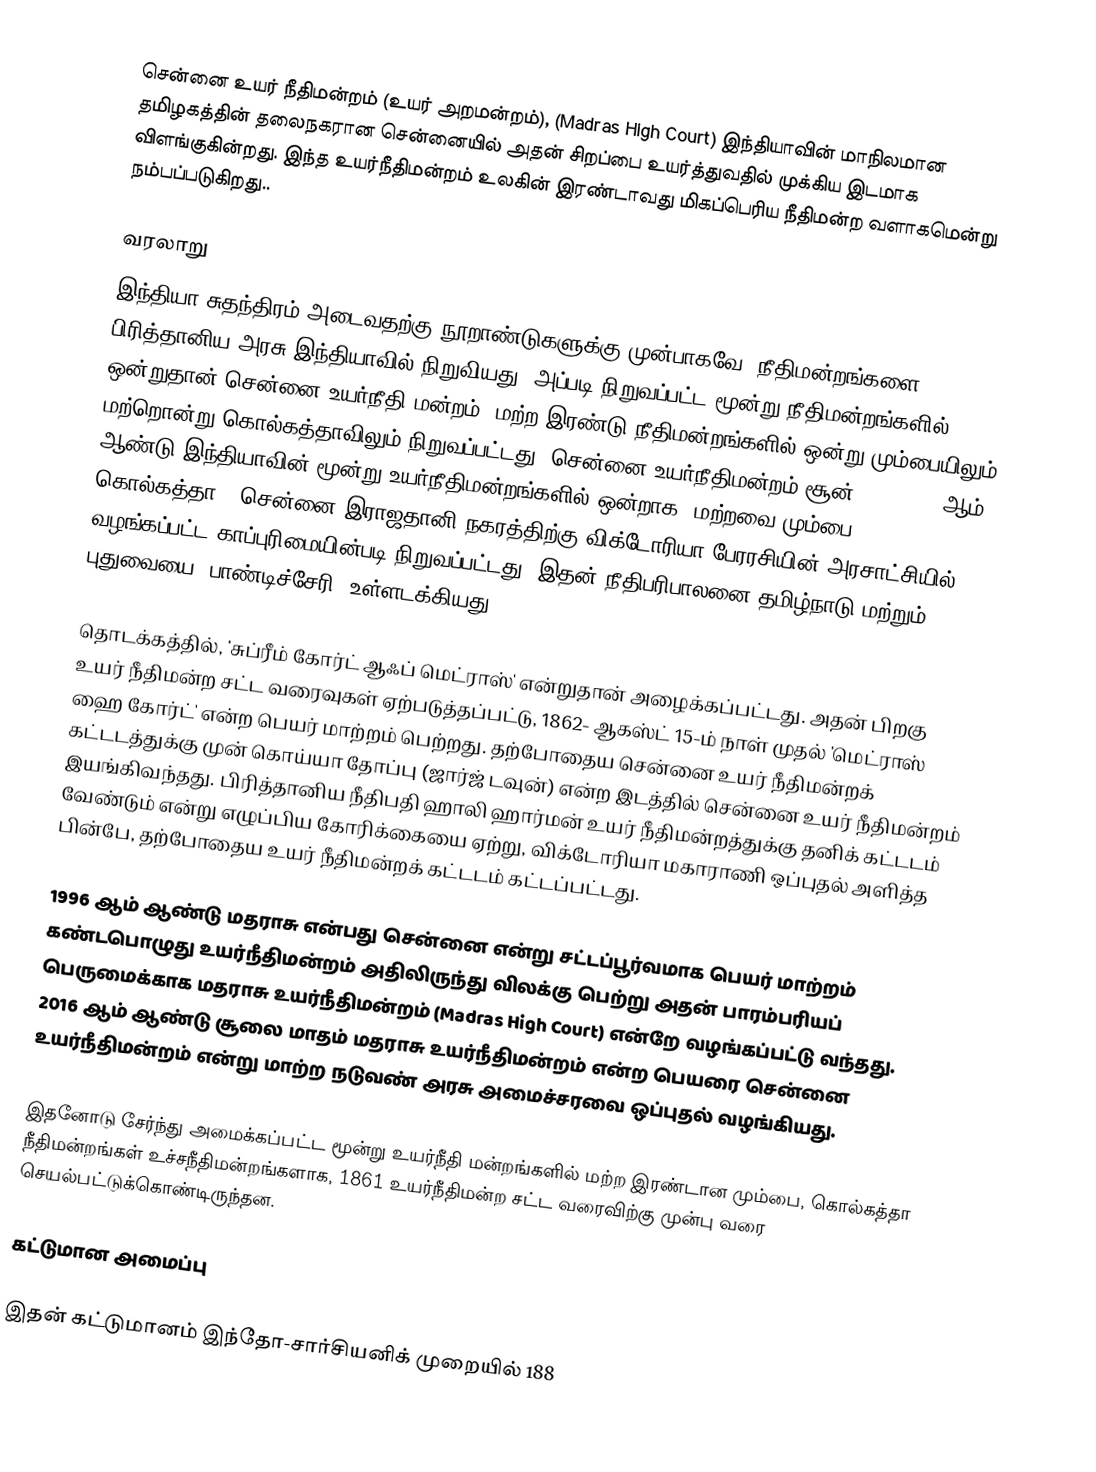
சென்னை உயர் நீதிமன்றம் (உயர் அறமன்றம்), (Madras High Court) இந்தியாவின் மாநிலமான தமிழகத்தின் தலைநகரான சென்னையில் அதன் சிறப்பை உயர்த்துவதில் முக்கிய இடமாக விளங்குகின்றது. இந்த உயர்நீதிமன்றம் உலகின் இரண்டாவது மிகப்பெரிய நீதிமன்ற வளாகமென்று நம்பப்படுகிறது..

வரலாறு
இந்தியா சுதந்திரம் அடைவதற்கு நூறாண்டுகளுக்கு முன்பாகவே, நீதிமன்றங்களை பிரித்தானிய அரசு இந்தியாவில் நிறுவியது. அப்படி நிறுவப்பட்ட மூன்று நீதிமன்றங்களில் ஒன்றுதான் சென்னை உயர்நீதி மன்றம். மற்ற இரண்டு நீதிமன்றங்களில் ஒன்று மும்பையிலும் மற்றொன்று கொல்கத்தாவிலும் நிறுவப்பட்டது. சென்னை உயர்நீதிமன்றம் சூன் 26, 1862, ஆம் ஆண்டு இந்தியாவின் மூன்று உயர்நீதிமன்றங்களில் ஒன்றாக (மற்றவை மும்பை, கொல்கத்தா), சென்னை இராஜதானி நகரத்திற்கு விக்டோரியா பேரரசியின் அரசாட்சியில் வழங்கப்பட்ட காப்புரிமையின்படி  நிறுவப்பட்டது. இதன் நீதிபரிபாலனை தமிழ்நாடு மற்றும் புதுவையை (பாண்டிச்சேரி) உள்ளடக்கியது.

தொடக்கத்தில், 'சுப்ரீம் கோர்ட் ஆஃப் மெட்ராஸ்' என்றுதான் அழைக்கப்பட்டது. அதன் பிறகு உயர் நீதிமன்ற சட்ட வரைவுகள் ஏற்படுத்தப்பட்டு, 1862- ஆகஸ்ட் 15-ம் நாள் முதல் 'மெட்ராஸ் ஹை கோர்ட்' என்ற பெயர் மாற்றம் பெற்றது. தற்போதைய சென்னை உயர் நீதிமன்றக் கட்டடத்துக்கு முன் கொய்யா தோப்பு (ஜார்ஜ் டவுன்) என்ற இடத்தில் சென்னை உயர் நீதிமன்றம் இயங்கிவந்தது. பிரித்தானிய நீதிபதி ஹாலி ஹார்மன் உயர் நீதிமன்றத்துக்கு தனிக் கட்டடம் வேண்டும் என்று எழுப்பிய கோரிக்கையை ஏற்று, விக்டோரியா மகாராணி ஒப்புதல் அளித்த பின்பே, தற்போதைய உயர் நீதிமன்றக் கட்டடம் கட்டப்பட்டது.

1996 ஆம் ஆண்டு மதராசு என்பது சென்னை என்று சட்டப்பூர்வமாக பெயர் மாற்றம் கண்டபொழுது உயர்நீதிமன்றம் அதிலிருந்து விலக்கு பெற்று அதன் பாரம்பரியப் பெருமைக்காக மதராசு உயர்நீதிமன்றம் (Madras High Court) என்றே வழங்கப்பட்டு வந்தது. 2016 ஆம் ஆண்டு சூலை மாதம் மதராசு உயர்நீதிமன்றம் என்ற பெயரை சென்னை உயர்நீதிமன்றம் என்று மாற்ற நடுவண் அரசு அமைச்சரவை ஒப்புதல் வழங்கியது.

இதனோடு சேர்ந்து அமைக்கப்பட்ட மூன்று உயர்நீதி மன்றங்களில் மற்ற இரண்டான மும்பை, கொல்கத்தா நீதிமன்றங்கள் உச்சநீதிமன்றங்களாக, 1861 உயர்நீதிமன்ற சட்ட வரைவிற்கு முன்பு வரை செயல்பட்டுக்கொண்டிருந்தன.

கட்டுமான அமைப்பு

இதன் கட்டுமானம் இந்தோ-சார்சியனிக் முறையில் 188